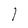
Character: l